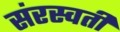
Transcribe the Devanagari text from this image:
संरस्वती